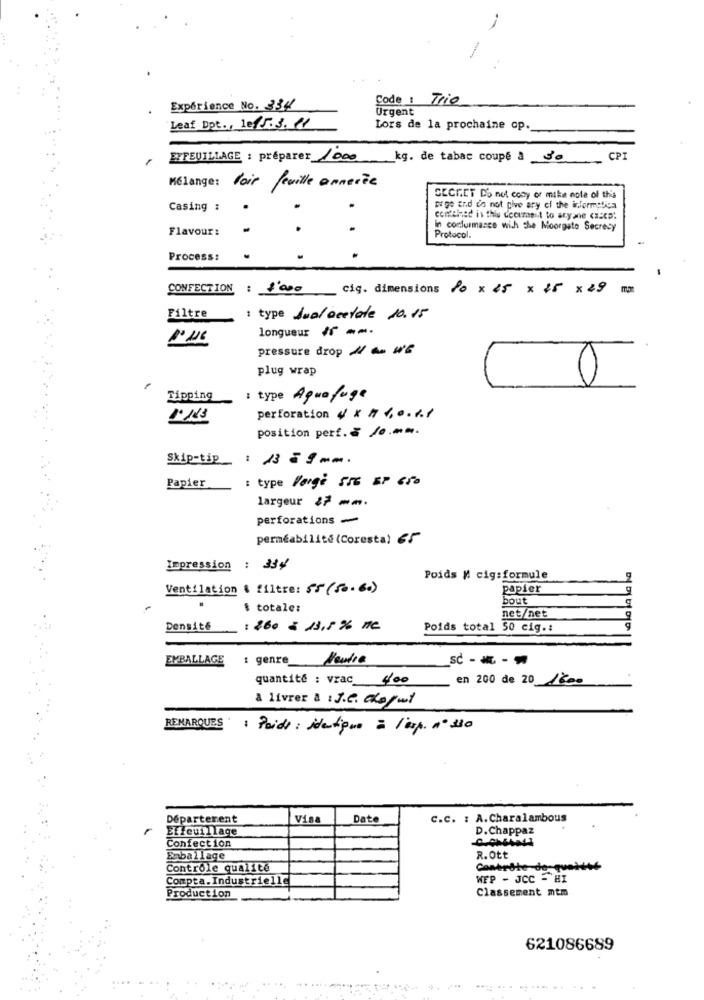
Code: Trio
Expérience No. 334
Urgent
Leaf Dpt ., 1e15.3.11
Lors de la prochaine op.
EFFEUILLAGE : préparer 1000
kg. de tabac coupé à 30
PI
Mélange: Voir feuille annerée
SECRET DO not cony or mike note of this
Casing :
sige end do not give ary of the informatica
conteied in this ccourent to aryane <15CD!
Flavour:
In conformance with the Moorgsto Secrecy
Protocol.
Process:
CONFECTION : 1000
cig. dimensions 80×45× 25 × 29 mm
Filtre
1 type Jual acetate 10.15
longueur If ==.
pressure drop 11 an WE
plug wrap
Tipping
: type Aguafuge
perforation 4× 10.61
position perf .: 10mm.
Skip-tip
Papier
: type large SIG EP Gro
largeur 27 mm.
perforations -
perméabilité (Coresta) 65
Impression : 334
sala ta la ka
Poids M cig:formule
Ventilation & filtre: $5 (50. 60)
papier
bout
$ totale:
net/net
Densité
: 260 & 13,5 % ne
Poids total 50 cig .:
EMBALLAGE
: genre Neutra
SC - - - -
quantité : vrac 400
en 200 de 20 1800
& livrer & :J.C. dofwt
REMARQUES : Paide : identique = 10p. nº380
Départerent
Visa
Date
C.C. : A. Charalambous
Effeuillage
D.Chappaz
Confection
Emballage
R.Ott
Contrôle qualité
Contrate-de-qualité
Compta. Industrielle
WFP - JCC - HI
Classement ntm
Production
621086689